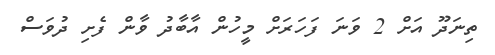
ތިނަދޫ އަށް 2 ވަނަ ފަހަރަށް މީހުން އާބާދު ވާން ފެށި ދުވަސް